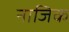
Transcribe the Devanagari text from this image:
नाजिक